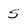
Character: 5